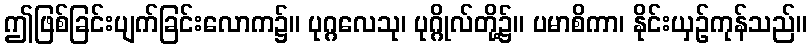
ဤဖြစ်ခြင်းပျက်ခြင်းလောက၌။ ပုဂ္ဂလေသု၊ ပုဂ္ဂိုလ်တို့၌။ ပမာစိကာ၊ နိုင်းယှဉ်ကုန်သည်။